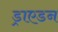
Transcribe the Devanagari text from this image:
ड्राएडन